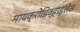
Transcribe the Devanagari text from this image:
मायक्रोडिव्हाइसेस